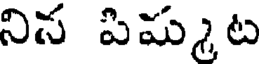
నిన పిమ్మట